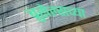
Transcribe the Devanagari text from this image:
ब्रुसेल्सच्या